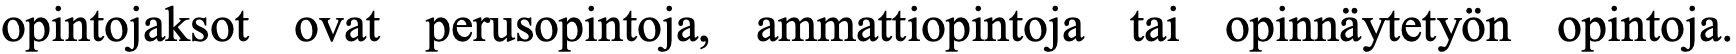
opintojaksot ovat perusopintoja, ammattiopintoja tai opinnäytetyön opintoja.